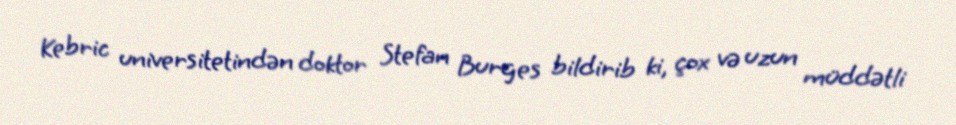
Kebric universitetindən doktor Stefan Burges bildirib ki, çox və uzun müddətli